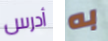
أدرس به